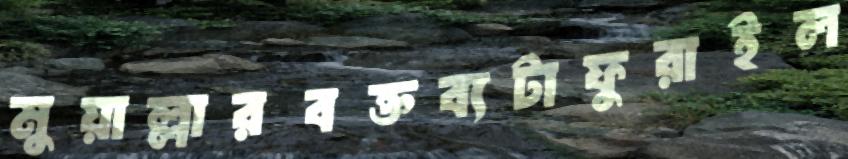
মুয়াল্লারবক্তব্যটাফুরাইল